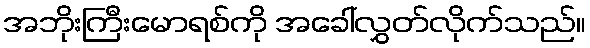
အဘိုးကြီးမောရစ်ကို အခေါ်လွှတ်လိုက်သည်။